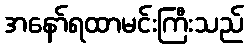
အနော်ရထာမင်းကြီးသည်